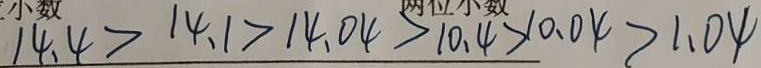
1 4 . 4 > 1 4 . 1 > 1 4 . 0 4 > 1 0 . 4 > 1 0 . 0 4 > 1 . 0 4